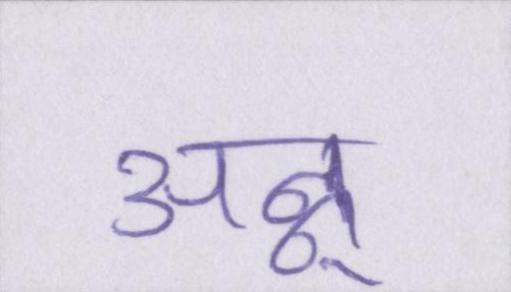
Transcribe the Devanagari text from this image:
अन्नू